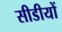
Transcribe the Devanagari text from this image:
सीडीयों